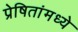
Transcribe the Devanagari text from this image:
प्रेषितांमध्ये